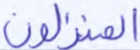
المنزلون